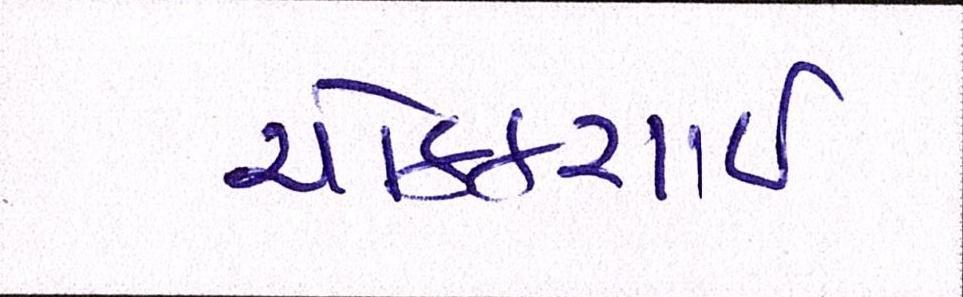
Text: ચોક્કચાઇ